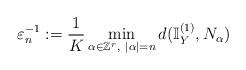
LaTeX: \begin{align*}\varepsilon_n^{-1}:=\frac{1}{K}\min_{\alpha\in\mathbb{Z}^r,\ |\alpha|=n}d(\mathbb{I}_Y^{(1)}, N_\alpha) \end{align*}